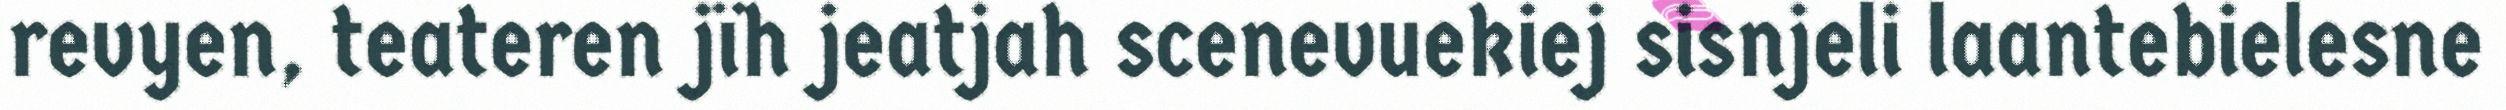
revyen, teateren jïh jeatjah scenevuekiej sisnjeli laantebielesne